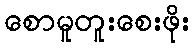
စောမူတူးစေးဖိုး